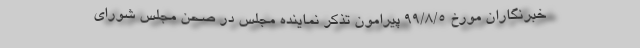
خبرنگاران مورخ ۹۹/۸/۵ پیرامون تذکر نماینده مجلس در صحن مجلس شورای